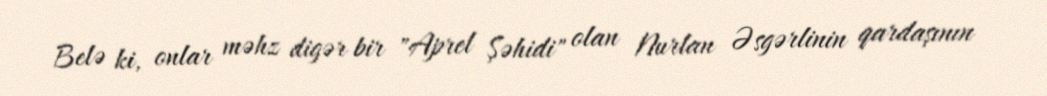
Belə ki, onlar məhz digər bir "Aprel Şəhidi" olan Nurlan Əsgərlinin qardaşının